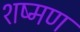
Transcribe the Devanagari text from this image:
शष्मण